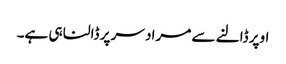
اوپر ڈالنے سے مراد سر پر ڈالنا ہی ہے۔